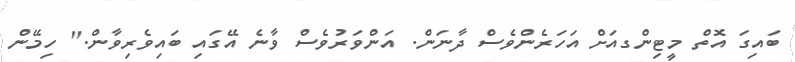
ބައިގަ އޮތް މީޓިންގއަށް އަހަރެންވެސް ދާނަން. އަންވަރުވެސް ވާނެ އޭގައި ބައިވެރިވާން." ހިމޭން